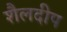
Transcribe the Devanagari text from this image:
शैलदीप